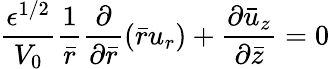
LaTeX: \frac{{\epsilon}^{1/2}}{V_{0}}\frac{1}{\bar{r}}\frac{\partial}{{\partial}\bar{r}}\left(\bar{r}{u}_{r}\right)+\frac{{\partial}\bar{u}_{z}}{{\partial}\bar{z}}=0